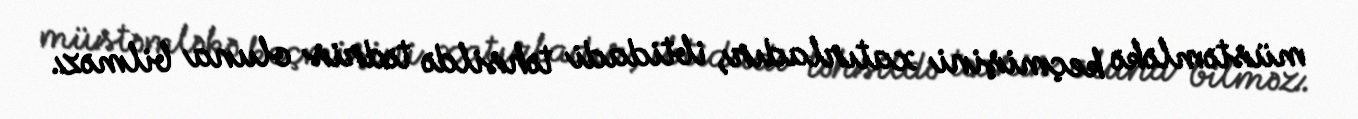
müstəmləkə keçmişini xatırladır, ibtidadi təhsildə tədris oluna bilməz.